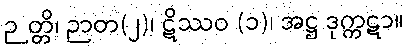
ဉတ္တိ၊ ဉာတ(၂)၊ ဋိဿဝ (၁)၊ အဋ္ဌ ဒုက္ကဋာ။